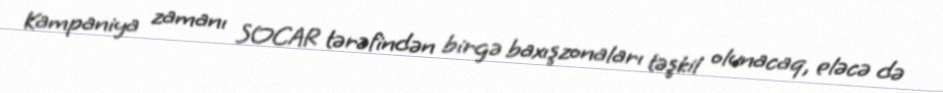
Kampaniya zamanı SOCAR tərəfindən birgə baxışzonaları təşkil olunacaq, eləcə də